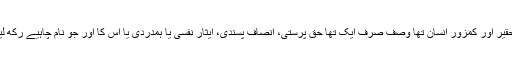
ایک حقیر اور کمزور انسان تھا وصف صرف ایک تھا حق پرستی، انصاف پسندی، ایثار نفسی یا ہمدردی یا اس کا اور جو نام چاہیے رکھ لیجئے۔